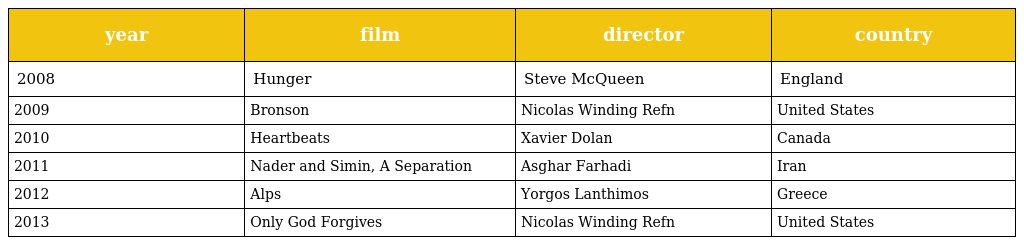
| year | film | director | country |
 | --- | --- | --- | --- |
 | 2008 | Hunger | Steve McQueen | England |
 | 2009 | Bronson | Nicolas Winding Refn | United States |
 | 2010 | Heartbeats | Xavier Dolan | Canada |
 | 2011 | Nader and Simin, A Separation | Asghar Farhadi | Iran |
 | 2012 | Alps | Yorgos Lanthimos | Greece |
 | 2013 | Only God Forgives | Nicolas Winding Refn | United States |